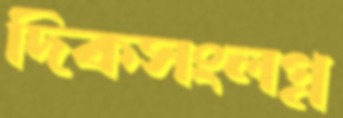
দিকসংলগ্ন